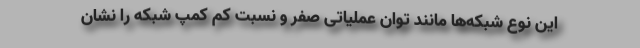
این نوع شبکه‌ها مانند توان عملیاتی صفر و نسبت کم کمپ شبکه را نشان